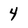
Character: 4